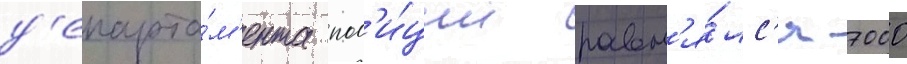
д'епарта́м'ента пол'и́ции равн'я́лс'я 7000